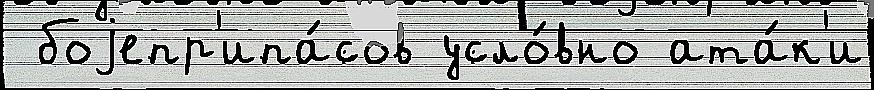
 боjепр'ипа́сов усло́вно ата́к'и